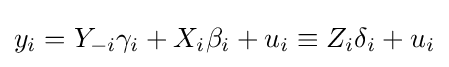
y_{i}=Y_{-i}\gamma _{i}+X_{i}\beta _{i}+u_{i}\equiv Z_{i}\delta _{i}+u_{i}